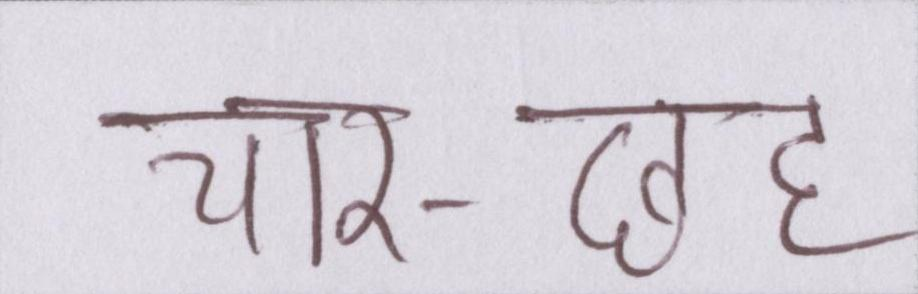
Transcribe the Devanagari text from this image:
चार-छह